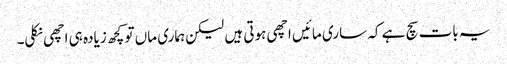
یہ بات سچ ہے کہ ساری مائیں اچھی ہوتی ہیں لیکن ہماری ماں تو کچھ زیادہ ہی اچھی نکلی۔